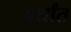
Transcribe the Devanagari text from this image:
अर्थांत